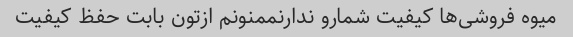
میوه فروشی‌ها کیفیت شمارو ندارنممنونم ازتون بابت حفظ کیفیت